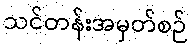
သင်တန်းအမှတ်စဉ်